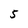
Character: 5